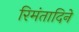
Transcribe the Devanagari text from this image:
रिमंतादिने